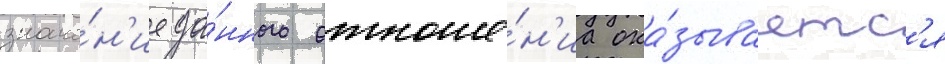
значе́н'ие да́нного отноше́н'иа ока́зываетс'я